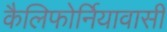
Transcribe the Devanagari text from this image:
कैलिफोर्नियावासी